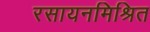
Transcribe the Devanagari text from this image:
रसायनमिश्रित